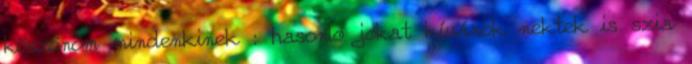
köszönöm mindenkinek : hasonló jókat kívánok nektek is szia